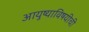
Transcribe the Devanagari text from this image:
आयुष्याविषयीची